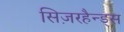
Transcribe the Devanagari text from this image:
सिज़रहैन्ड्स